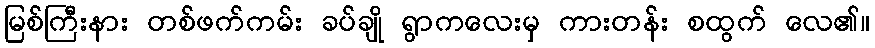
မြစ်ကြီးနား တစ်ဖက်ကမ်း ခပ်ချို ရွာကလေးမှ ကားတန်း စထွက် လေ၏။